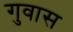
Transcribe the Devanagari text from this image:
गुवास